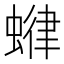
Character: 𧍶